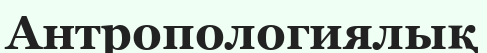
Антропологиялық